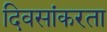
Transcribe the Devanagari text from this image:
दिवसांकरता